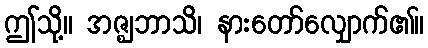
ဤသို့။ အဇ္ဈဘာသိ၊ နားတော်လျှောက်၏။